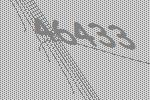
46433